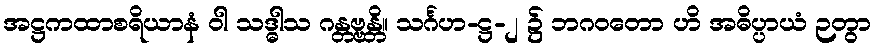
အဋ္ဌကထာစရိယာနံ ဝါ သဒ္ဓါသ ဂန္တဗ္ဗန္တိ။ သင်္ဂဟ-ဋ္ဌ-၂ ၌ ဘဂဝတော ဟိ အဓိပ္ပာယံ ဉတွာ